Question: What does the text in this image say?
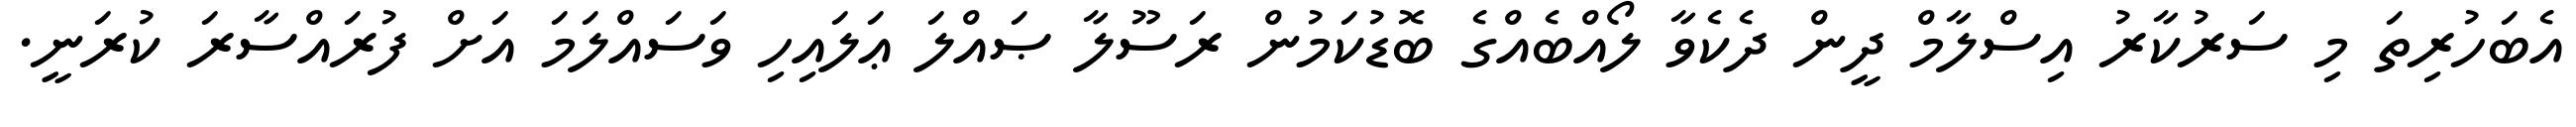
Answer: އެބަހުރިތަ މި ސަރުކާރު އިސްލާމް ދީން ދެކެވާ ލޯއްބެއްގެ ބޮޑުކަމުން ރަސޫލާ ޞައްލަ ޢަލައިހި ވަސައްލަމަ އަށް ފުރައްސާރަ ކުރަނީ.